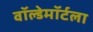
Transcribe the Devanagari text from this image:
वॉल्डेमॉर्टला